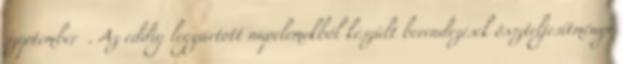
szeptember . Az eddig legyártott napelemekből készült berendezések összteljesítménye